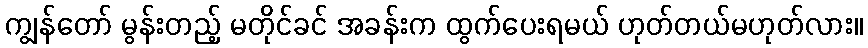
ကျွန်တော် မွန်းတည့် မတိုင်ခင် အခန်းက ထွက်ပေးရမယ် ဟုတ်တယ်မဟုတ်လား။